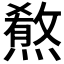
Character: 𤎦